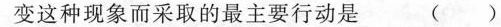
变这种现象而采取的最主要行动是 ()